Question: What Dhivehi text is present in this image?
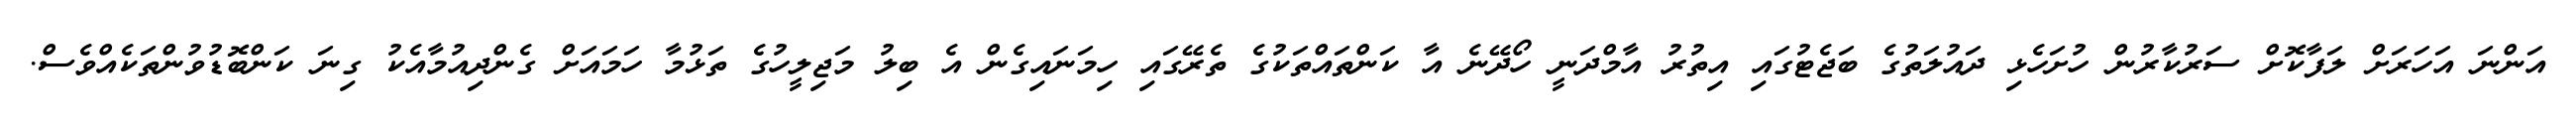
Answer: އަންނަ އަހަރަށް ލަފާކޮށް ސަރުކާރުން ހުށަހެޅި ދައުލަތުގެ ބަޖެޓުގައި އިތުރު އާމްދަނީ ހޯދޭނެ އާ ކަންތައްތަކުގެ ތެރޭގައި ހިމަނައިގެން އެ ބިލު މަޖިލީހުގެ ތަޅުމާ ހަމައަށް ގެންދިއުމާއެކު ގިނަ ކަންބޮޑުވުންތަކެއްވެސް.